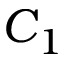
C _ { 1 }